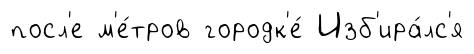
посл'е м'е́тров городк'е́ Изб'ира́лс'я